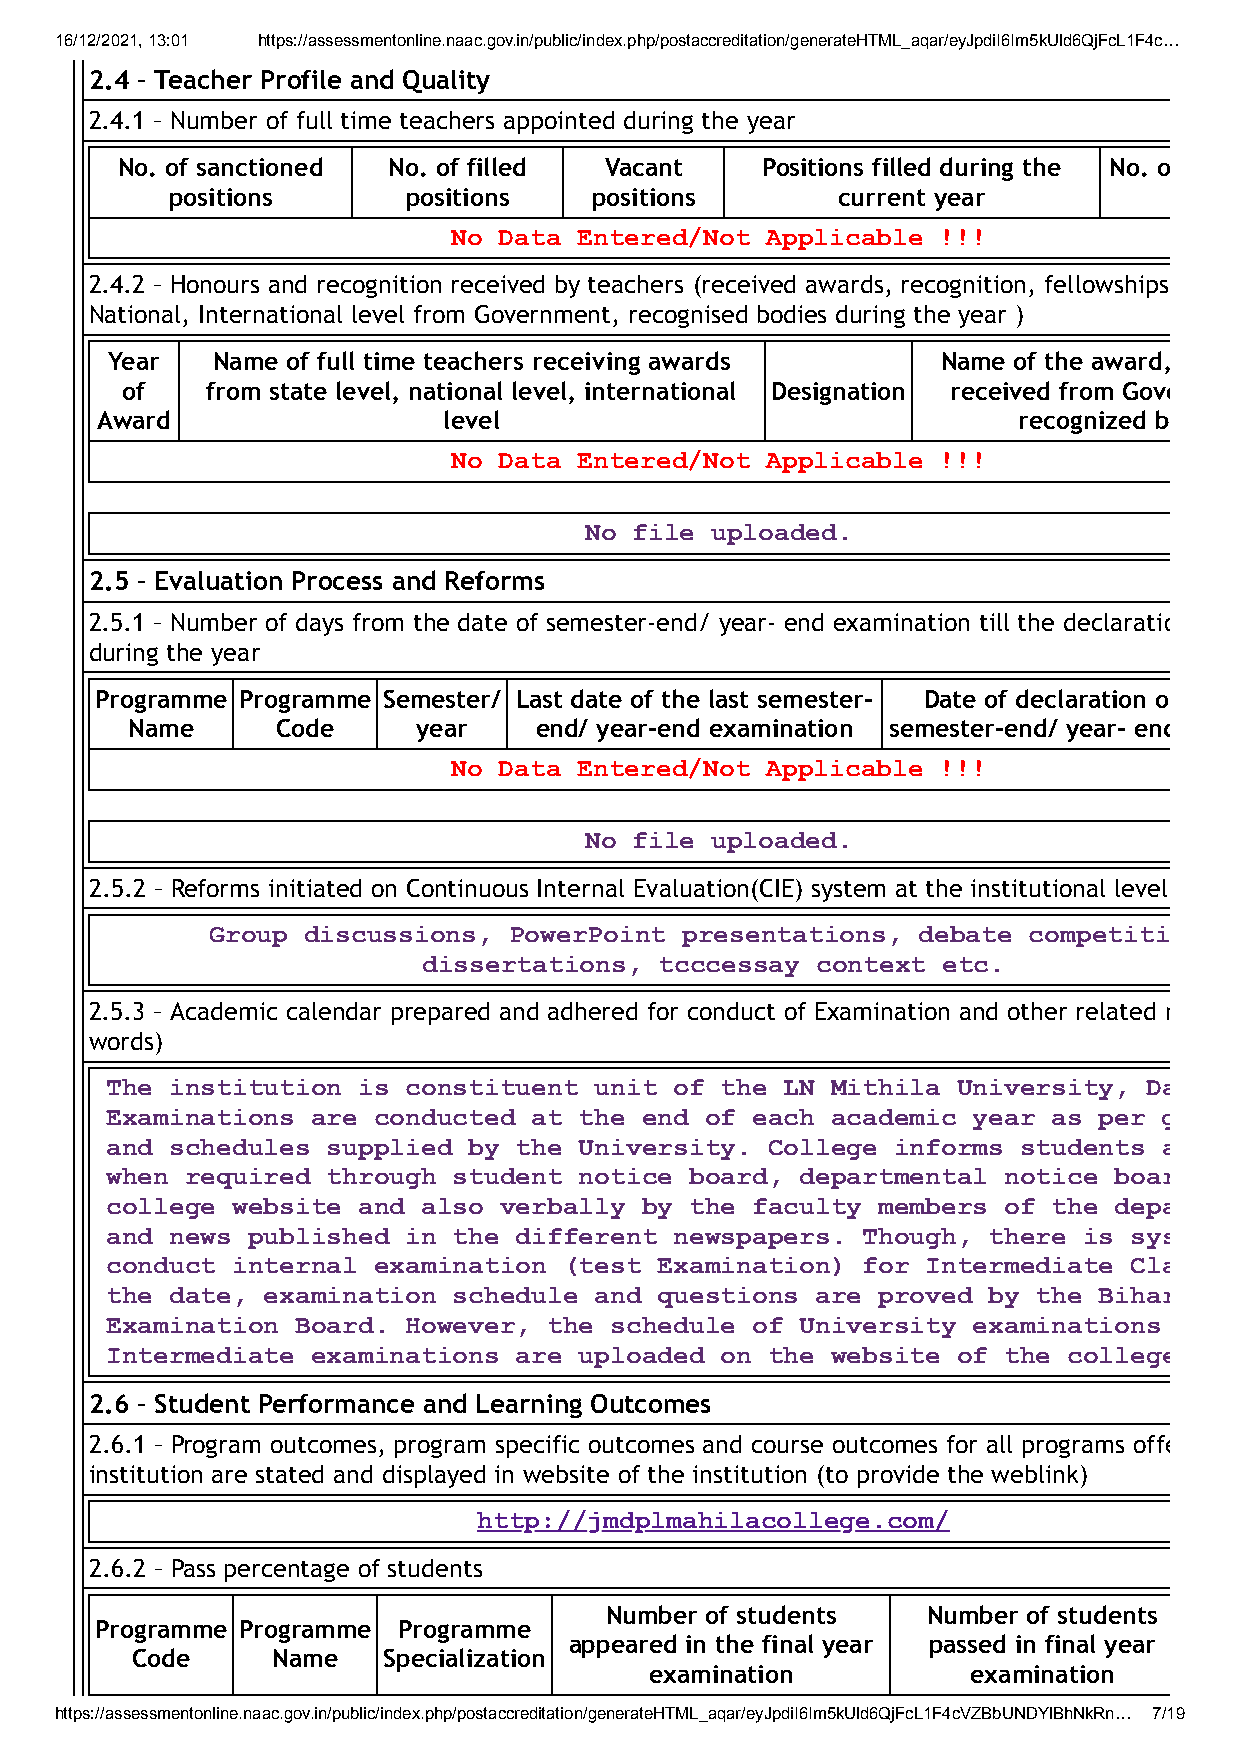
16/12/2021, 13:01 https://assessmentonline.naac.gov.in/public/index.php/postaccreditation/generateHTML_aqar/eyJpdiI6Im5kUld6QjFcL1F4c…
 2.4 – Teacher Profile and Quality
 2.4.1 – Number of full time teachers appointed during the year
 No. of sanctioned No. of filled Vacant    Positions filled during the No. o
 positions       positions   positions       current year
 No Data Entered/Not  Applicable !!!
 2.4.2 – Honours and recognition received by teachers (received awards, recognition, fellowships
 National, International level from Government, recognised bodies during the year )
 Year   Name of full time teachers receiving awards     Name of the award,
 of    from state level, national level, international Designation received from Gove
 Award                  level                                 recognized b
 No Data Entered/Not  Applicable !!!
 No file uploaded.
 2.5 – Evaluation Process and Reforms
 2.5.1 – Number of days from the date of semester-end/ year- end examination till the declaratio
 during the year
 Programme Programme Semester/ Last date of the last semester- Date of declaration o
 Name      Code      year   end/ year-end examination semester-end/ year- end
 No Data Entered/Not  Applicable !!!
 No file uploaded.
 2.5.2 – Reforms initiated on Continuous Internal Evaluation(CIE) system at the institutional level
 Group discussions,  PowerPoint presentations,  debate competiti
 dissertations,  tcccessay context etc.
 2.5.3 – Academic calendar prepared and adhered for conduct of Examination and other related m
 words)
 The institution  is constituent unit  of the LN Mithila University,  Da
 Examinations  are conducted at the end  of each academic year  as per g
 and schedules  supplied by the University.  College informs students  a
 when required  through student notice  board, departmental notice  boar
 college website  and also verbally by  the faculty members of  the depa
 and news published  in the different  newspapers. Though, there  is sys
 conduct internal  examination (test Examination)  for Intermediate  Cla
 the date, examination  schedule and questions  are proved by  the Bihar
 Examination  Board. However, the schedule  of University examinations
 Intermediate  examinations are uploaded  on the website of the  college
 2.6 – Student Performance and Learning Outcomes
 2.6.1 – Program outcomes, program specific outcomes and course outcomes for all programs offe
 institution are stated and displayed in website of the institution (to provide the weblink)
 http://jmdplmahilacollege.com/
 2.6.2 – Pass percentage of students
 Number of students   Number of students
 Programme Programme Programme
 appeared in the final year passed in final year
 Code     Name   Specialization
 examination          examination
 https://assessmentonline.naac.gov.in/public/index.php/postaccreditation/generateHTML_aqar/eyJpdiI6Im5kUld6QjFcL1F4cVZBbUNDYlBhNkRn… 7/19